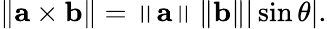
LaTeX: \left\| \mathbf{a}\times\mathbf{b}\right\| =\left\| \mathbf{a}\right\| \left\| \mathbf{b}\right\| |\sin\theta|.